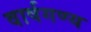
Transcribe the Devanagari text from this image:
वार्षगण्य